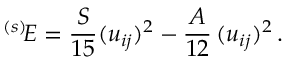
{ } ^ { ( s ) } \! E = \frac S { 1 5 } ( u _ { i j } ) ^ { 2 } - \frac { A } { 1 2 } \, ( u _ { i j } ) ^ { 2 } \, .